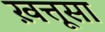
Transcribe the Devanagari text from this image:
ख़त्तूसा